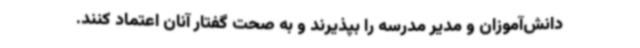
دانش‌آموزان و مدیر مدرسه را بپذیرند و به صحت گفتار آنان اعتماد کنند.